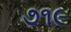
૭૧૯